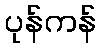
ပုန်ကန်